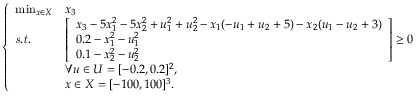
\left\{ \begin{array} { l l l } { \operatorname* { m i n } _ { x \in X } } & { x _ { 3 } } \\ { \mathit { s . t . } } & { \left[ \begin{array} { l } { x _ { 3 } - 5 x _ { 1 } ^ { 2 } - 5 x _ { 2 } ^ { 2 } + u _ { 1 } ^ { 2 } + u _ { 2 } ^ { 2 } - x _ { 1 } ( - u _ { 1 } + u _ { 2 } + 5 ) - x _ { 2 } ( u _ { 1 } - u _ { 2 } + 3 ) } \\ { 0 . 2 - x _ { 1 } ^ { 2 } - u _ { 1 } ^ { 2 } } \\ { 0 . 1 - x _ { 2 } ^ { 2 } - u _ { 2 } ^ { 2 } } \end{array} \right] \geq 0 } \\ & { \forall u \in U = [ - 0 . 2 , 0 . 2 ] ^ { 2 } , } \\ & { x \in X = [ - 1 0 0 , 1 0 0 ] ^ { 3 } . } \end{array} \right.